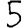
Digit: 5